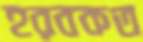
হরবকত